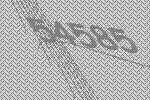
54585